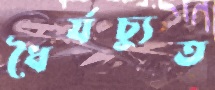
ধৈর্যচ্যুত